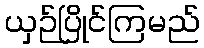
ယှဉ်ပြိုင်ကြမည်